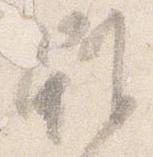
雖